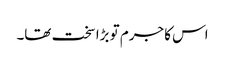
اس کا جرم تو بڑا سخت تھا۔